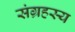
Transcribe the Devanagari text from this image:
संग्रहस्य